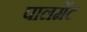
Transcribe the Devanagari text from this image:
पालमेंट